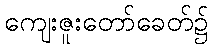
ကျေးဇူးတော်ခေတ်၌